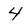
Character: 4